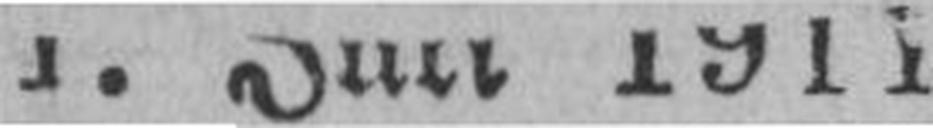
1. Juli 1911